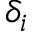
\delta _ { i }